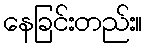
နေခြင်းတည်း။